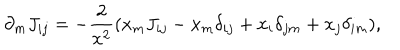
\partial _ { m } J _ { i j } = - \frac { 2 } { x ^ { 2 } } ( x _ { m } J _ { i j } - x _ { m } \delta _ { i j } + x _ { i } \delta _ { j m } + x _ { j } \delta _ { i m } ) ,